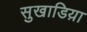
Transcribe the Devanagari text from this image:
सुखाडिय़ा